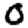
Digit: 0